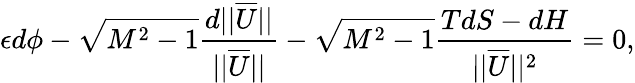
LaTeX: \epsilon d\phi-\sqrt{M^{2}-1}\frac{d||\overline{{U}}||}{||\overline{{U}}||}-\sqrt{M^{2}-1}\frac{TdS-dH}{||\overline{{U}}||^{2}}=0,